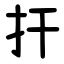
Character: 扞